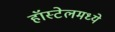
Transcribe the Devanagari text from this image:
हॉस्टेलमध्ये